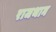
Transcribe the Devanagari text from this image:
राजथान